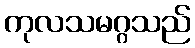
ကုလသမဂ္ဂသည်